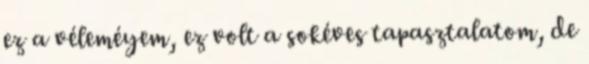
ez a véleméyem, ez volt a sokéves tapasztalatom, de